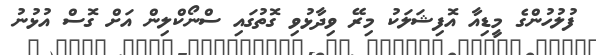
ފުލުހުންގެ މީޑިއާ އޮފިޝަލަކު މިރޭ ވިދާޅުވި ގޮތުގައި ސްނޯކްލިން އަށް ގޮސް އުޅުނު